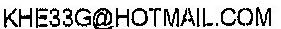
KHE33G@HOTMAIL.COM